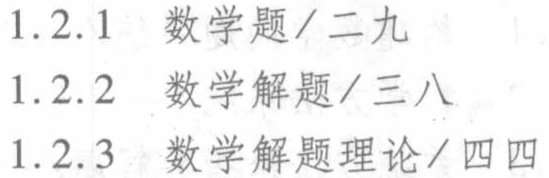
1.2.1 数学题/二九

1.2.2 数学解题/三八

1.2.3 数学解题理论/四四